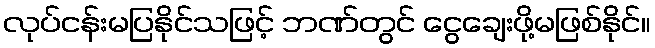
လုပ်ငန်းမပြနိုင်သဖြင့် ဘဏ်တွင် ငွေချေးဖို့မဖြစ်နိုင်။